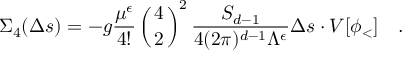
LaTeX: \Sigma _ { 4 } ( \Delta s ) = - { g } { \frac { \mu ^ { \epsilon } } { 4 ! } } \left( { 4 \atop 2 } \right) ^ { 2 } { \frac { S _ { d - 1 } } { 4 ( 2 \pi ) ^ { d - 1 } \Lambda ^ { \epsilon } } } \Delta s \cdot V [ \phi _ { < } ] \quad .